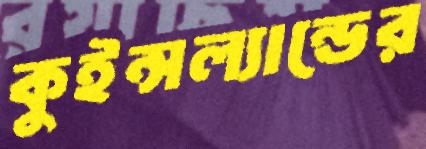
কুইন্সল্যান্ডের